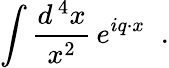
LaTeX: \int{\frac{d^{\, 4}x}{x^{2}}}\, e^{iq\cdot x}\; \; .